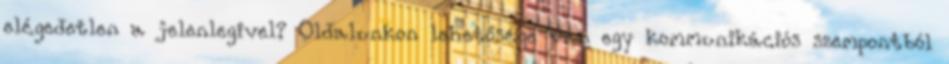
elégedetlen a jelenlegivel? Oldalunkon lehetősége van egy kommunikációs szempontból